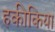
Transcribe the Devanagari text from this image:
हकीकिया